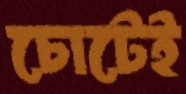
চোটেই